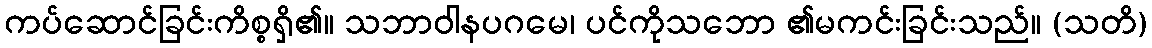
ကပ်ဆောင်ခြင်းကိစ္စရှိ၏။ သဘာဝါနပဂမေ၊ ပင်ကိုသဘော ၏မကင်းခြင်းသည်။ (သတိ)